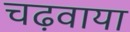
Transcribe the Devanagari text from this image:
चढ़वाया